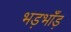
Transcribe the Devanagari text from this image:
भड़भाँड़